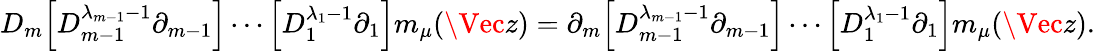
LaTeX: D_{m}\Big[D_{m-1}^{\lambda_{m-1}-1}\partial_{m-1}\Big]\cdots\Big[D_{1}^{\lambda_{1}-1}\partial_{1}\Big]m_{\mu}(\Vec{z})=\partial_{m}\Big[D_{m-1}^{\lambda_{m-1}-1}\partial_{m-1}\Big]\cdots\Big[D_{1}^{\lambda_{1}-1}\partial_{1}\Big]m_{\mu}(\Vec{z}).